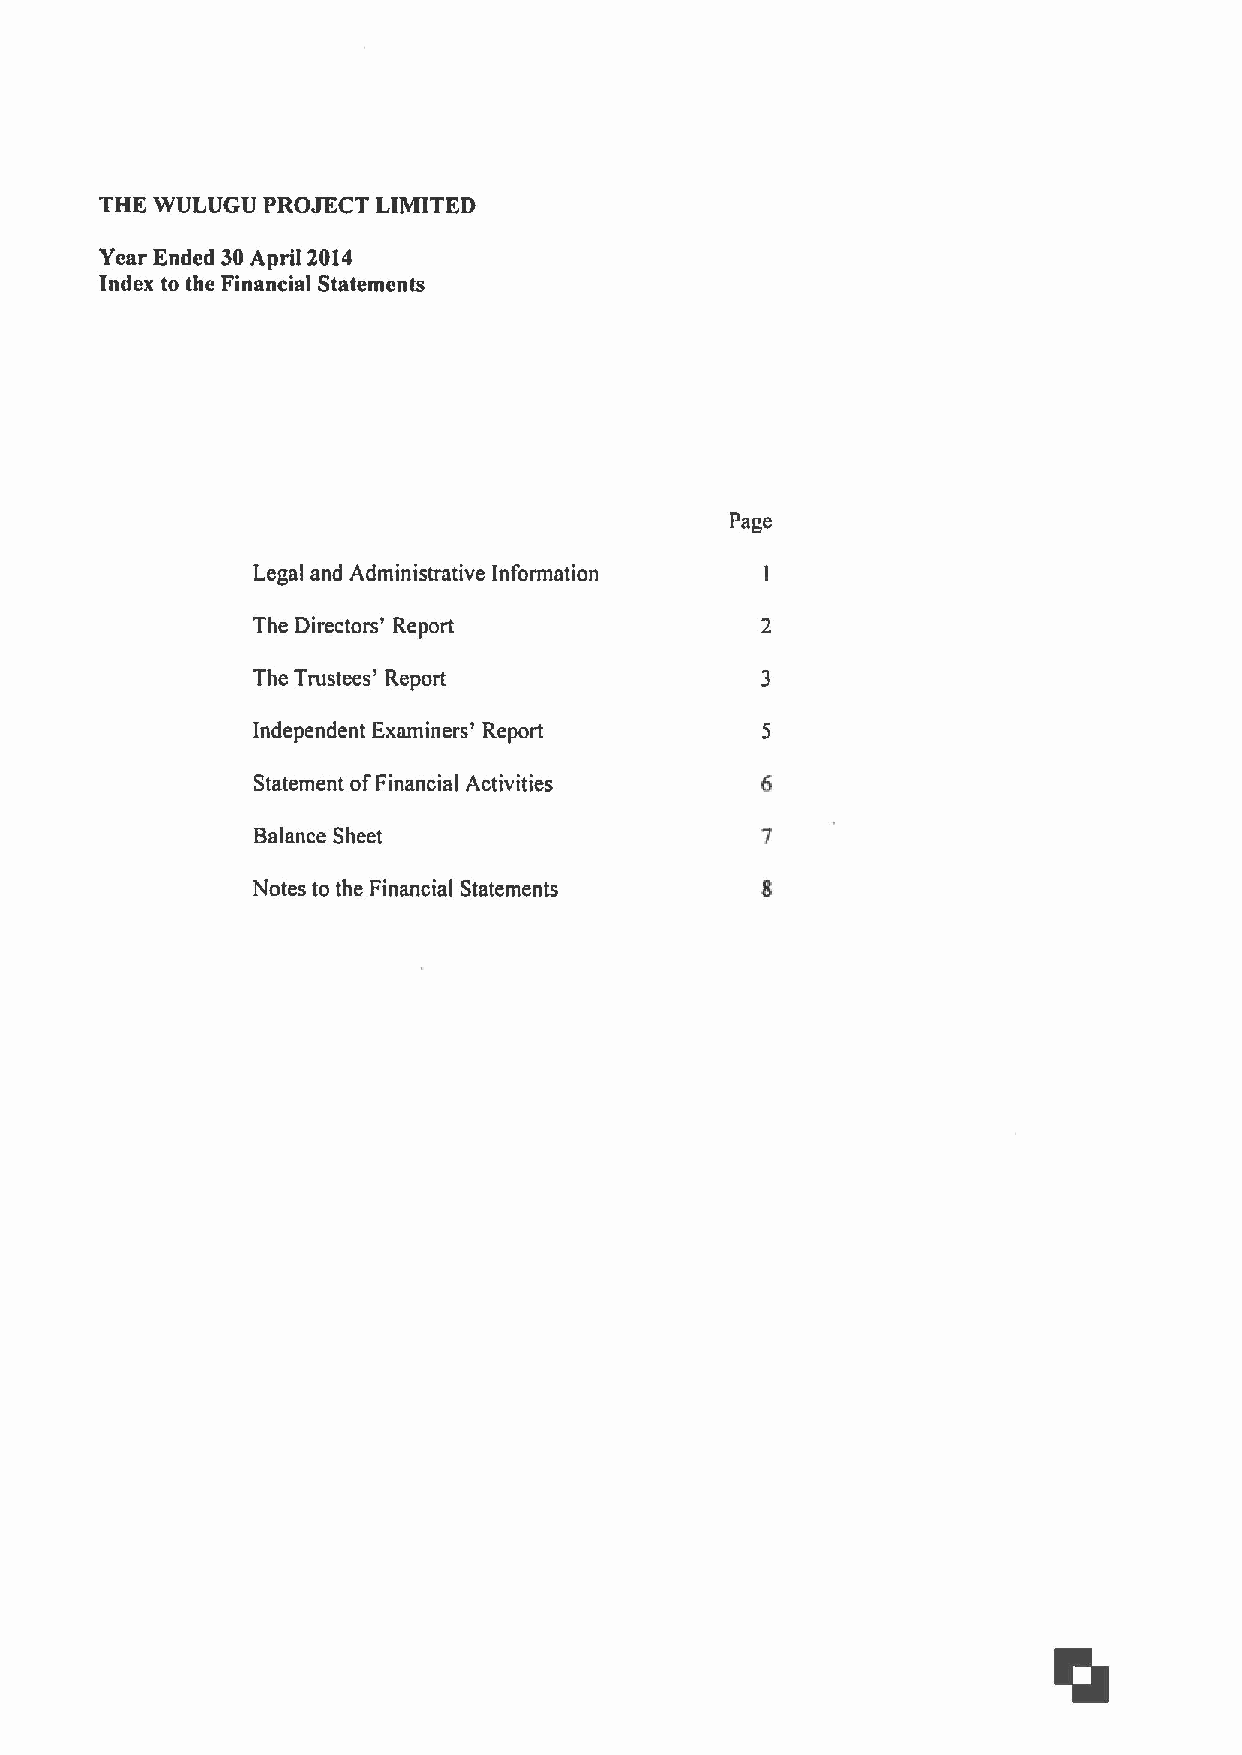
THE WULUGU PROJECT LIMITED
 Year Ended 30April 2014
 Index to the Financial Statements
 Page
 Legal and Administrative Information
 The Directors' Report
 The Trustees' Report
 Independent Examiners' Report
 Statement ofFinancial Activities
 Balance Sheet
 Notes to the Financial Statements